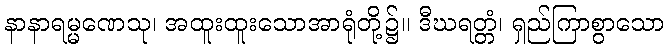
နာနာရမ္မဏေသု၊ အထူးထူးသောအာရုံတို့၌။ ဒီဃရတ္တံ၊ ရှည်ကြာစွာသော